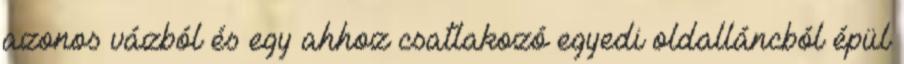
azonos vázból és egy ahhoz csatlakozó egyedi oldalláncból épül